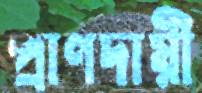
প্রাণদায়ী